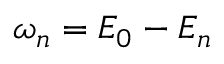
\omega _ { n } = E _ { 0 } - E _ { n }